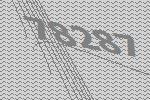
78287